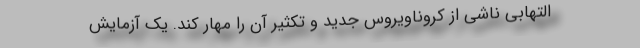
التهابی ناشی از کروناویروس جدید و تکثیر آن را مهار کند. یک آزمایش